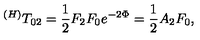
^ { ( H ) } T _ { 0 2 } = \frac 1 2 F _ { 2 } F _ { 0 } e ^ { - 2 \Phi } = \frac 1 2 A _ { 2 } F _ { 0 } ,